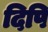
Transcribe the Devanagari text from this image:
दिपि